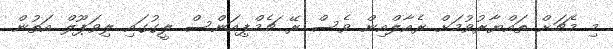
މި މެޗަށް ތައްޔާރުވުމަށް ރެއާލްއިން ވެސް ރޭ ޗެމްޕިއަންސް ލީގުގައި ލިވަޕޫލް އަތުން